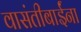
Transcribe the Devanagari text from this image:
वासंतीबाईंना